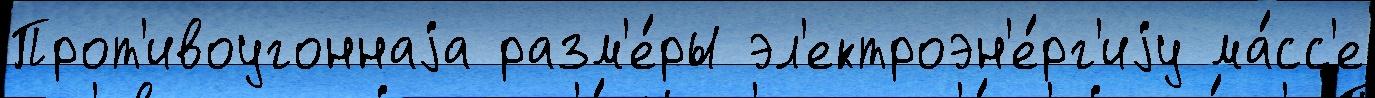
Прот'ивоугоннаjа разм'е́ры эл'ектроэн'е́рг'иjу ма́сс'е